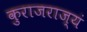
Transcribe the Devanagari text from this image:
कुराजराज्यं